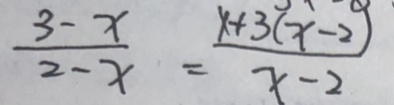
\frac { 3 - x } { 2 - x } = \frac { x + 3 ( x - 2 ) } { x - 2 }